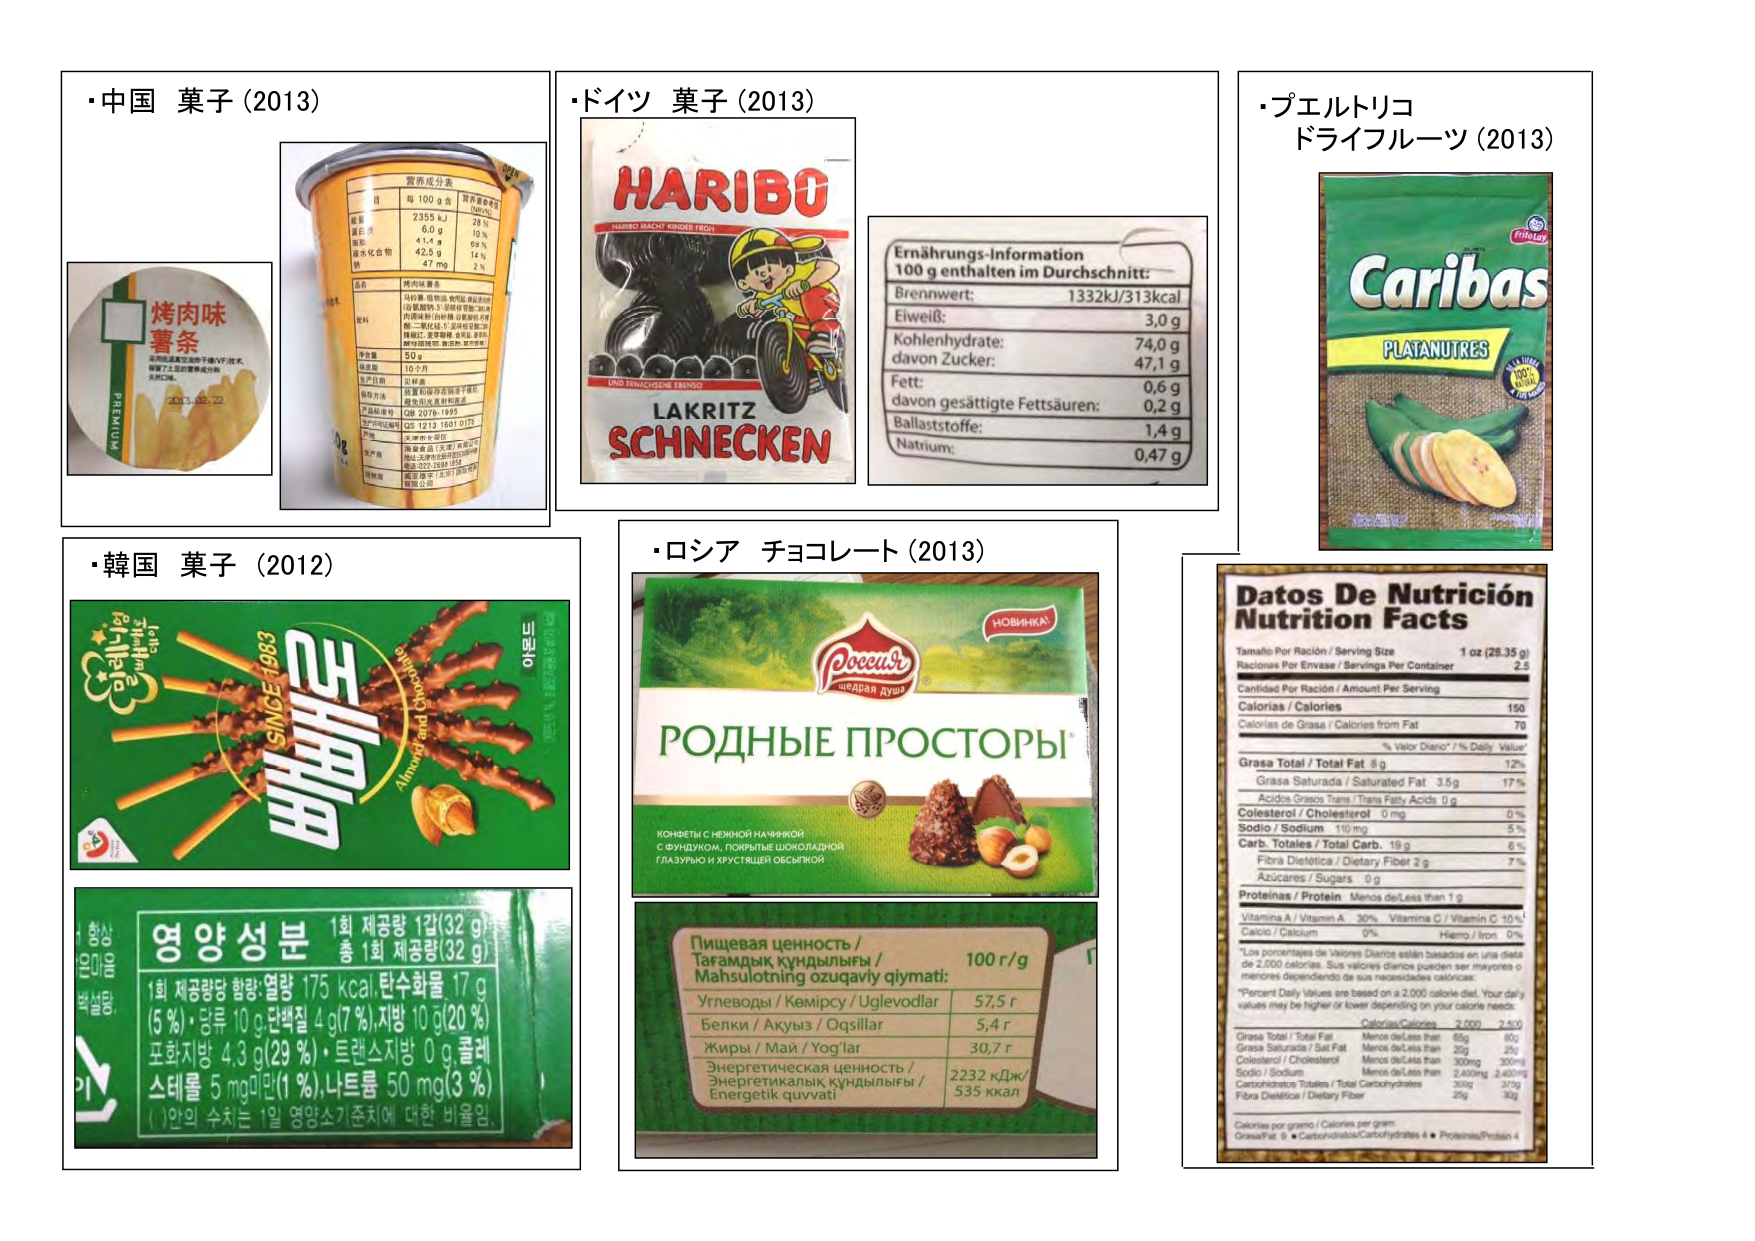
・中国 菓子 (2013)
烤肉味
薯条
采用低温真空油炸干燥(VF)技术，
保留了土豆的营养成分和
天然口感。
2013.02.22
PREMIUM
营养成分表
每100g含
营养素参考值%
能量
2355kJ
28%
蛋白质
6.0g
10%
脂肪
41.4g
69%
碳水化合物
42.8g
14%
钠
47mg
2%
品名
烤肉味薯条
配料
马铃薯、植物油、食用盐、食品添加剂
(谷氨酸钠、5'-呈味核苷酸二钠、
丙酸钙、特丁基对苯二酚、
山梨酸钾、焦糖色、香精、
二氢化钙、5'-肌苷酸二钠)
食用方法
适量和调料拌匀后食用
保质期
10个月
贮存条件
阴凉干燥处
执行标准
GB 2076-1995
产品标准号
Q/1213 1601 0172
产地
天津市东丽区
生产商
天津食品（天津）有限公司
地址：天津市东丽区津塘公路1000号
电话：022-2399 1858
委托方
天津食品（天津）有限公司
生产商
天津食品（天津）有限公司
・ドイツ 菓子 (2013)
HARIBO
HARIBO MACHT KINDER FROH!
UND ERWACHSENE EBENSO
LAKRITZ
SCHNECKEN
Ernährungs-Information
100 g enthalten im Durchschnitt:
Brennwert:
1332kJ/313kcal
Eiweiß:
3,0 g
Kohlenhydrate:
74,0 g
davon Zucker:
47,1 g
Fett:
0,6 g
davon gesättigte Fettsäuren:
0,2 g
Ballaststoffe:
1,4 g
Natrium:
0,47 g
・プエルトリコ ドライフルーツ (2013)
Caribas
PLATANUTRES
Frito Lay
100% NATURAL
・韓国 菓子 (2012)
BANANA
SINCE 1963
Almond and Chocolate
아몬드
영양성분
1회 제공량 1갑(32 g)
총 1회 제공량(32 g)
1회 제공량당 함량: 열량 175 kcal, 탄수화물 17 g (5%), 당류 10 g, 단백질 4 g (7%), 지방 10 g (20%), 포화지방 4.3 g (29%), 트랜스지방 0 g, 콜레스테롤 5 mg (1%), 나트륨 50 mg (3%)
( ) 안의 수치는 1일 영양소기준치에 대한 비율임.
・ロシア チョコレート (2013)
Россия
ЩЕДРАЯ ДУША
НОВИНКА!
РОДНЫЕ ПРОСТОРЫ
КОНФЕТЫ С МЕЖНОЙ НАЧИНКОЙ
С ФУНДУКОМ, ПОКРЫТЫЕ ШОКОЛАДНОЙ
ГЛАЗУРЬЮ И ХРУСТЯЩЕЙ ОБСЫПКОЙ
Пищевая ценность /
Тағамдық құндылығы /
Mahsulotning ozuqaviy qiymati:
100 г/г
Углеводы / Кемірсу / Uglevodlar
57,5 г
Белки / Ақуыз / Oqsillar
5,4 г
Жиры / Май / Yog'lar
30,7 г
Энергетическая ценность /
Энергетикалық құндылығы /
Energetik quvvati
2232 кДж/
535 ккал
Datos De Nutrición
Nutrition Facts
Tamaño Por Ración / Serving Size
1 oz (28.35 g)
Raciones Por Envase / Servings Per Container
2.5
Cantidad Por Ración / Amount Per Serving
Calorías / Calories
150
Calorías de Grasa / Calories from Fat
70
% Valor Diario* / % Daily Value*
Grasa Total / Total Fat 8 g
12%
Grasa Saturada / Saturated Fat 3.5 g
17%
Ácidos Grasos Trans / Trans Fatty Acids 0 g
Colesterol / Cholesterol 0 mg
0%
Sodio / Sodium 110 mg
5%
Carb. Totales / Total Carb. 19 g
6%
Fibra Dietética / Dietary Fiber 2 g
7%
Azúcares / Sugars 0 g
Proteínas / Protein Menos de/Less than 1 g
Vitamina A / Vitamin A 30%
Vitamina C / Vitamin C 10%
Calcio / Calcium 0%
Hierro / Iron 0%
*Los porcentajes de Valores Diarios están basados en una dieta de 2,000 calorías. Sus valores diarios pueden ser mayores o menores dependiendo de sus necesidades calóricas.
*Percent Daily Values are based on a 2,000 calorie diet. Your daily values may be higher or lower depending on your calorie needs.
Calorías/Calories
2,000
2,500
Grasa Total / Total Fat
Menos de/Less than
65g
80g
Grasa Saturada / Sat Fat
Menos de/Less than
20g
25g
Colesterol / Cholesterol
Menos de/Less than
300mg
300mg
Sodio / Sodium
Menos de/Less than
2,400mg
2,400mg
Carbohidratos Totales / Total Carbohydrates
300g
375g
Fibra Dietética / Dietary Fiber
25g
30g
Calorías por gramo / Calories per gram:
Grasa/Fat 9 • Carbohidratos/Carbohydrates 4 • Proteínas/Protein 4